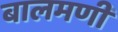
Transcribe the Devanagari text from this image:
बालमणी